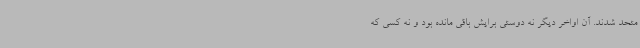
متحد شدند. آن اواخر دیگر نه دوستی برایش باقی مانده بود و نه کسی که